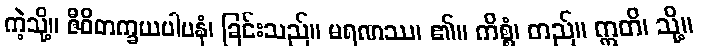
ကဲ့သို့။ ဇီဝိတက္ခယပါပနံ၊ ခြင်းသည်။ မရဏဿ၊ ၏။ ကိစ္စံ၊ တည်။ ဣတိ၊ သို့။